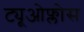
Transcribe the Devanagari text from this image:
ट्यूओफ्लोस